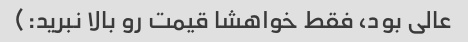
عالی بود، فقط خواهشا قیمت رو بالا نبرید:)